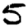
Digit: 5